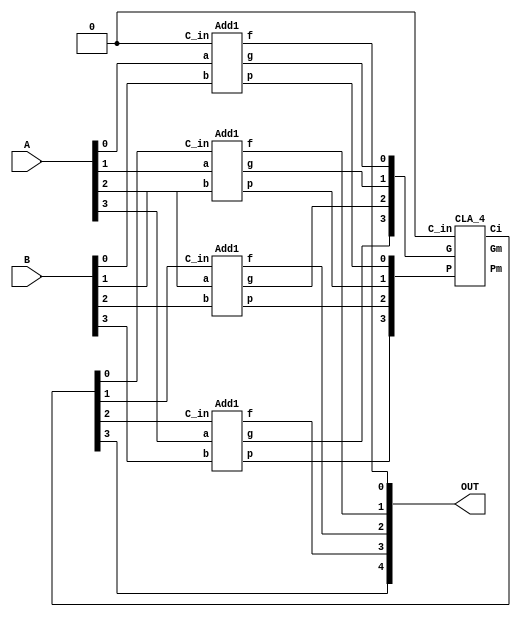
`timescale 1ns/1ns

module huawei8//
(
	input wire [3:0]A,
	input wire [3:0]B,
	output wire [4:0]OUT
);

//*************code***********//
	wire [3 : 0] G ;
	wire [3 : 0] P ;
	wire [3 : 0] F ;
	wire [4 : 0] C ;
	wire Gm ;
	wire Pm ;

	assign C[0] = 1'b0 ;

	genvar i;
	generate
		for (i = 0; i < 4; i = i + 1) begin: u_add
			Add1 u_add1 (
				  .a(A[i]),
				  .b(B[i]),
				  .C_in(C[i]),
				  .f(F[i]),
				  .g(G[i]),
				  .p(P[i])
				  );			
		end
	endgenerate

	CLA_4 u_CLA_4(
		.P(P),
		.G(G),
		.C_in(C[0]),
		.Ci(C[4:1]),
		.Gm(Gm),
		.Pm(Pm)
		);

	assign OUT = {C[4], F} ;


//*************code***********//
endmodule



//////////////////////

module Add1
(
		input a,
		input b,
		input C_in,
		output f,
		output g,
		output p
		);
	assign f = a ^ b ^ C_in ;
	assign g = a & b ;
	assign p = a | b ;

endmodule






module CLA_4(
		input [3:0]P,
		input [3:0]G,
		input C_in,
		output [4:1]Ci,
		output Gm,
		output Pm
	);

	assign Ci[1] = G[0] | P[0] & C_in  ;
	assign Ci[2] = G[1] | P[1] & Ci[1] ;
	assign Ci[3] = G[2] | P[2] & Ci[2] ;
	assign Ci[4] = G[3] | P[3] & Ci[3] ;

	assign Gm = G[3] | P[3]&G[2] | P[3]&P[2]&G[1] | P[3]&P[2]&P[1]&G[0] ;
	assign Pm = P[3]&P[2]&P[1]&P[0] ;
	
endmodule